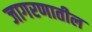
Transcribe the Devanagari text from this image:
जागरणातील